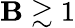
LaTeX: \mathbf{B}\gtrsim1